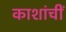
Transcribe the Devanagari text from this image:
काशांचीं